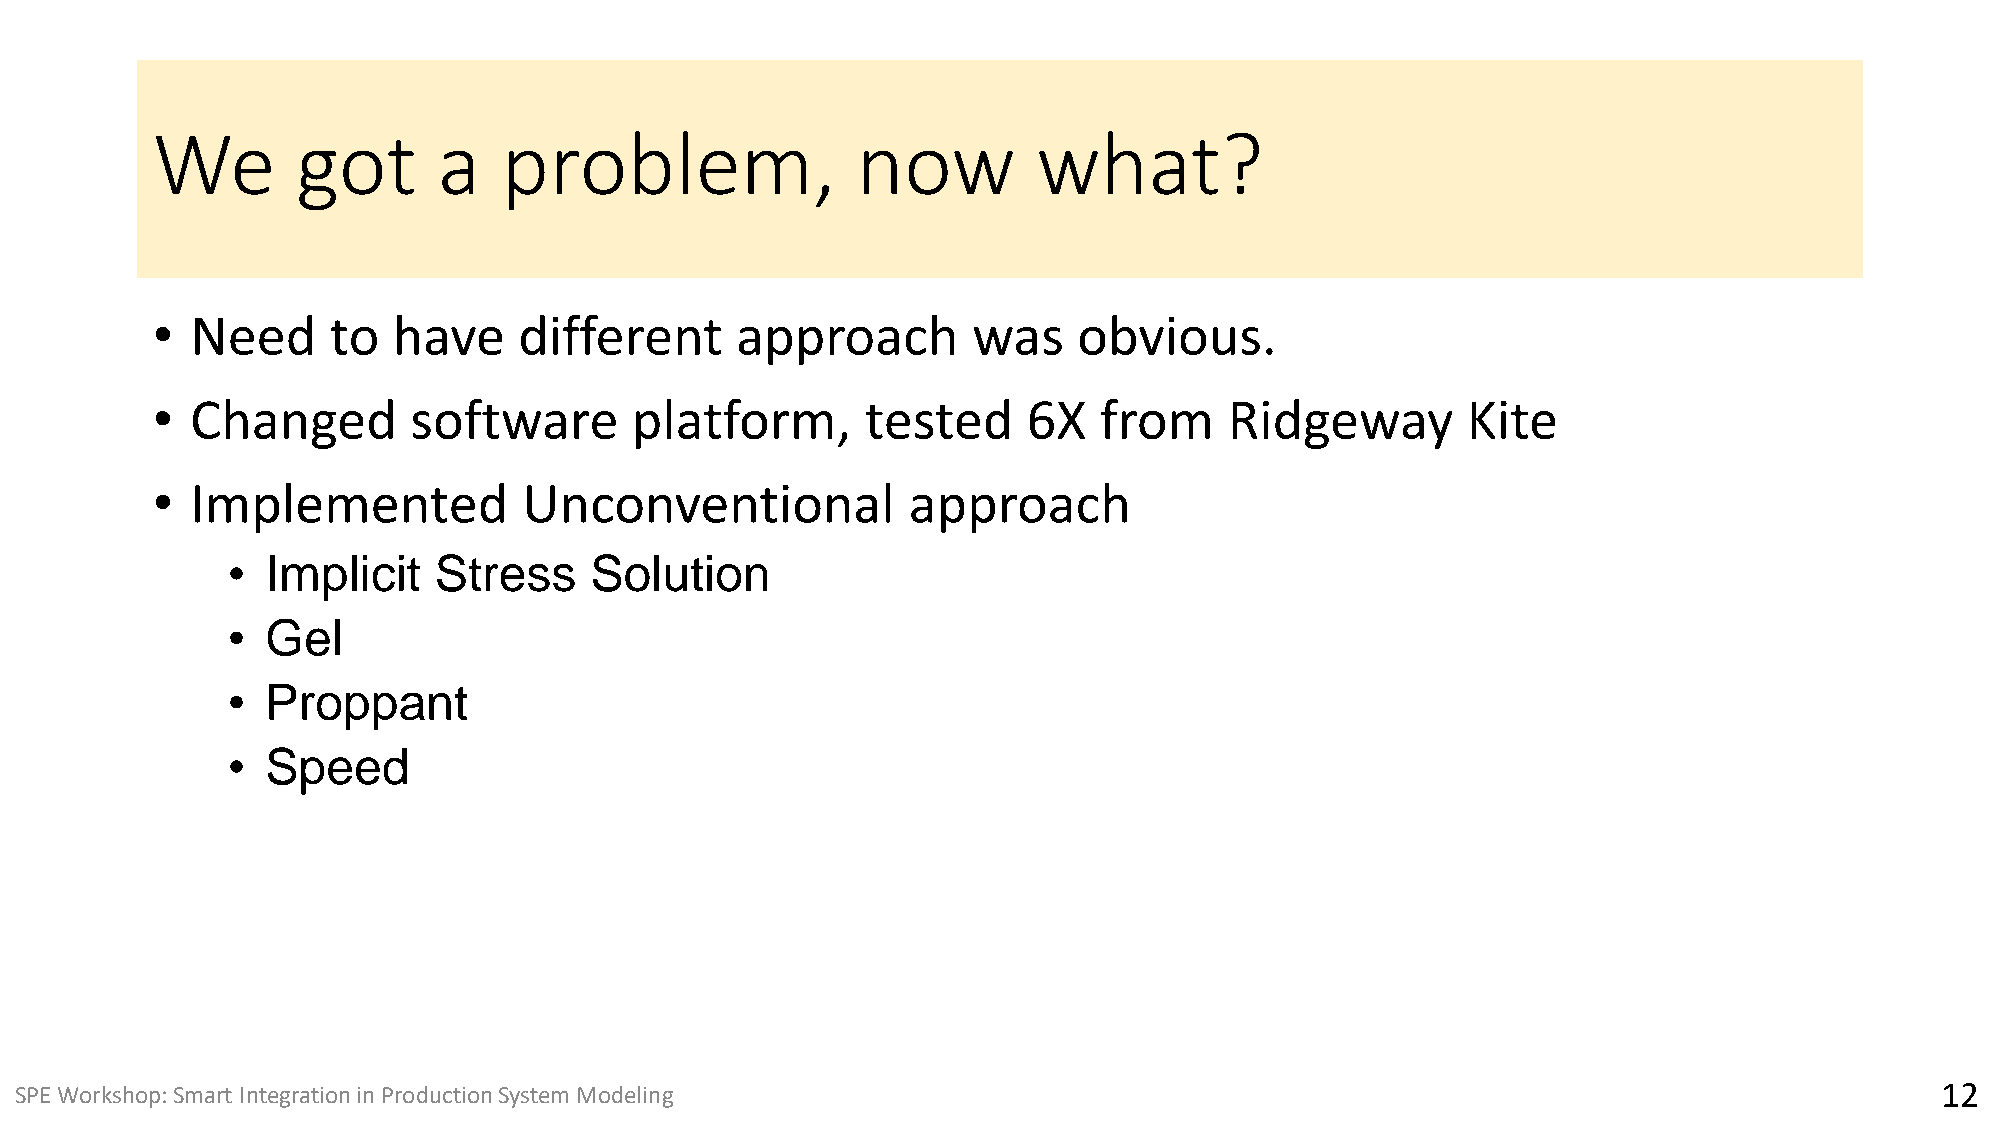
We        got      a   problem,                now         what?
 •  Need     to  have    different      approach       was    obvious.
 •  Changed       software       platform,      tested     6X   from    Ridgeway        Kite
 •  Implemented           Unconventional           approach
 •  Implicit   Stress    Solution
 •  Gel
 •  Proppant
 •  Speed
 SPE Workshop: Smart Integration in Production System Modeling                                                                  1122